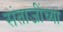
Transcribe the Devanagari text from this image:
संताजींच्या